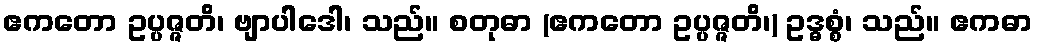
ဧကတော ဥပ္ပဇ္ဇတိ၊ ဗျာပါဒေါ၊ သည်။ စတုဓာ (ဧကတော ဥပ္ပဇ္ဇတိ၊) ဥဒ္ဓစ္စံ၊ သည်။ ဧကဓာ